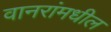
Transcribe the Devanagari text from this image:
वानरांमधील